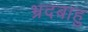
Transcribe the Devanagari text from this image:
भ्रदबाहु